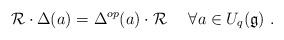
LaTeX: \begin{align*}\mathcal{R}\cdot\Delta(a)=\Delta^{op}(a)\cdot\mathcal{R}\ \ \ \ \forall a\in U_q(\mathfrak{g})\ .\end{align*}